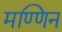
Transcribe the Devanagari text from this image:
मण्णिन